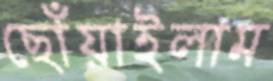
ছোঁয়াইলাম